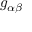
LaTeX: g _ { \alpha \beta }